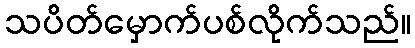
သပိတ်မှောက်ပစ်လိုက်သည်။